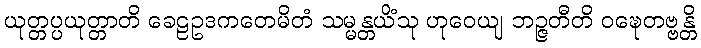
ယုတ္တပ္ပယုတ္တာတိ ခေဠဥဒကတေမိတံ သမ္မန္တယိံသု ဟုဝေယျ ဘဉ္ဇတီတိ ဝဍ္ဎေတဗ္ဗန္တိ